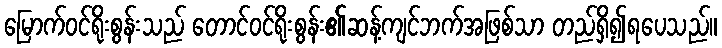
မြောက်ဝင်ရိုးစွန်းသည် တောင်ဝင်ရိုးစွန်း၏ဆန့်ကျင်ဘက်အဖြစ်သာ တည်ရှိ၍ရပေသည်။